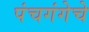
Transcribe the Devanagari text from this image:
पंचगंगेचे